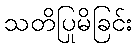
သတိပြုမိခြင်း